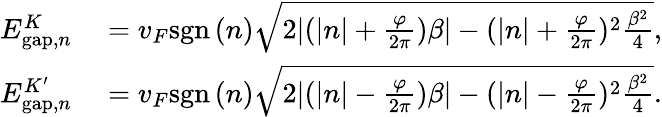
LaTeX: \begin{array}{rl}{E_{\mathrm{gap},n}^{K}}&{{}=v_{F}\mathrm{sgn}\, (n)\sqrt{2|(|n|+\frac{\varphi}{2\pi})\beta|-(|n|+\frac{\varphi}{2\pi})^{2}\frac{\beta^{2}}{4}},}\\ {E_{\mathrm{gap},n}^{K^{\prime}}}&{{}=v_{F}\mathrm{sgn}\, (n)\sqrt{2|(|n|-\frac{\varphi}{2\pi})\beta|-(|n|-\frac{\varphi}{2\pi})^{2}\frac{\beta^{2}}{4}}.}\end{array}